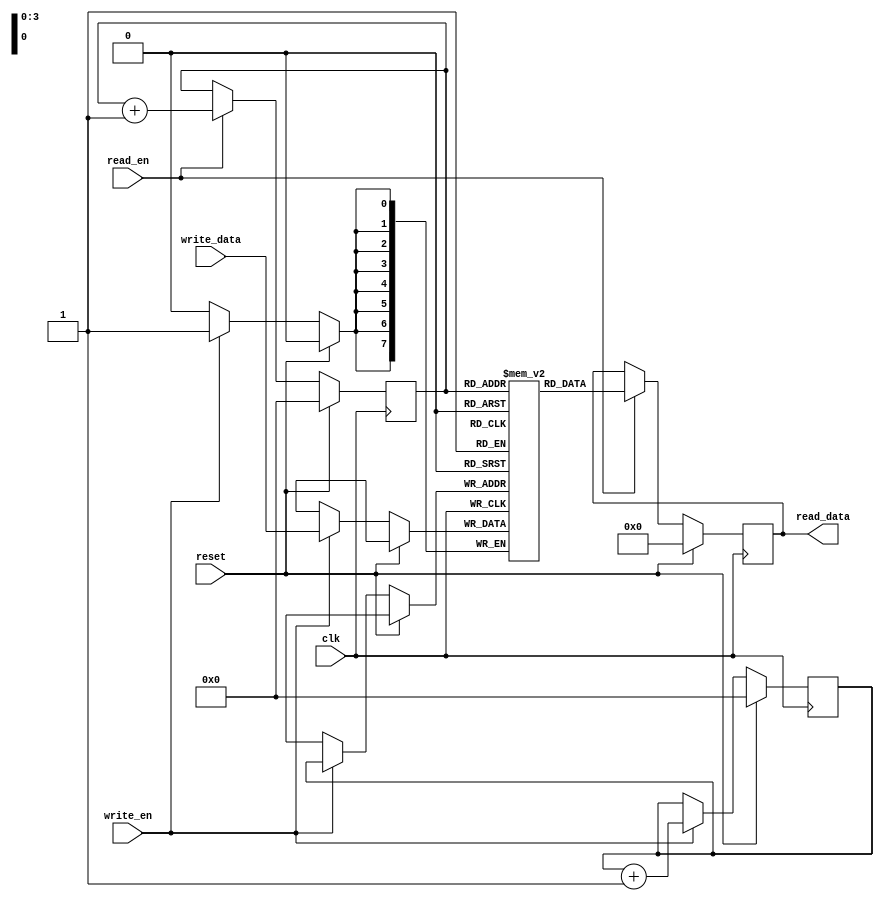
module dual_port_fifo (
  input wire clk,
  input wire reset,
  
  // Write port
  input wire write_en,
  input wire [DATA_WIDTH-1:0] write_data,
  
  // Read port
  input wire read_en,
  output wire [DATA_WIDTH-1:0] read_data
);

parameter DATA_WIDTH = 8;
parameter DEPTH = 16;
  
reg [DATA_WIDTH-1:0] memory [DEPTH-1:0];
reg [DATA_WIDTH-1:0] read_data_reg;
reg [3:0] write_ptr;
reg [3:0] read_ptr;

always @(posedge clk) begin
  if (reset) begin
    write_ptr <= 4'b0000;
    read_ptr <= 4'b0000;
    read_data_reg <= 8'b0;
  end
  else begin
    if (write_en) begin
      memory[write_ptr] <= write_data;
      write_ptr <= write_ptr + 1;
    end
    
    if (read_en) begin
      read_data_reg <= memory[read_ptr];
      read_ptr <= read_ptr + 1;
    end
  end
end

assign read_data = read_data_reg;

endmodule